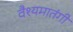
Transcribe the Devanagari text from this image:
वैश्यमातंगी